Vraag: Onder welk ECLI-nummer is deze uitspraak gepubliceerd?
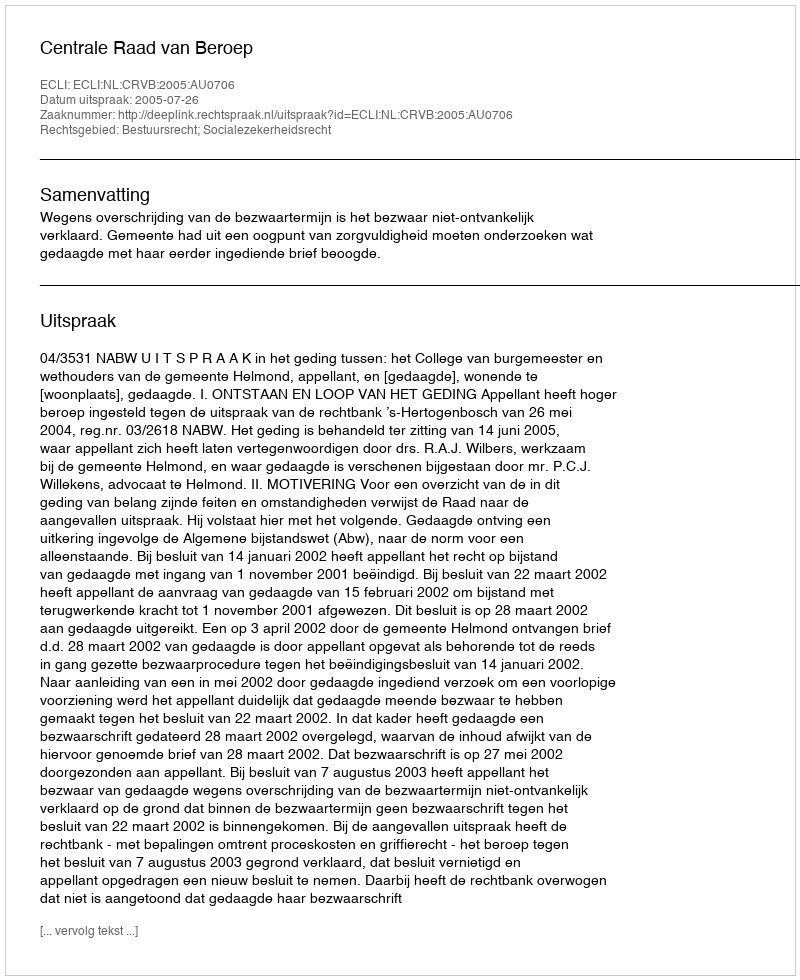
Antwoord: ECLI:NL:CRVB:2005:AU0706